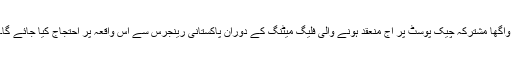
واگھا مشترکہ چیک پوسٹ پر آج منعقد ہونے والی فلیگ میٹنگ کے دوران پاکستانی رینجرس سے اس واقعہ پر احتجاج کیا جائے گا۔